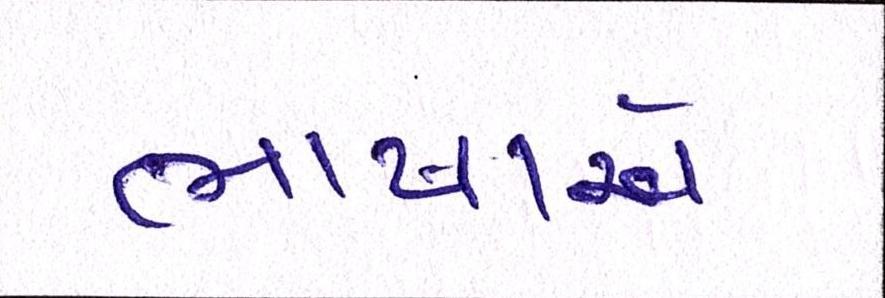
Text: ભાષાએ